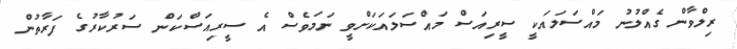
ރިލްވާން ގެއްލުނު މައްސަލައަކީ ސީރިއަސް މައްސަލައަކަށްވީ ނަމަވެސް އެ ސީރިއަސްކަން ސަރުކާރުގެ ފަރާތުން